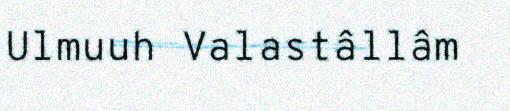
Ulmuuh Valastâllâm